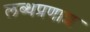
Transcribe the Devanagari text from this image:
लब्धप्रणाश